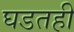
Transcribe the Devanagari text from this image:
घडतही